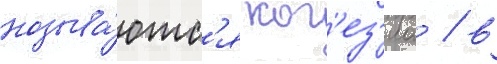
называ́ютс'я ког'ез'иа / в